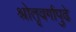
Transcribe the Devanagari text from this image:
श्रोतृवर्गापुढे